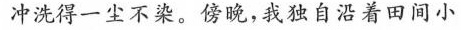
冲洗得一尘不染。傍晚，我独自沿着田间小